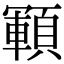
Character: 顐